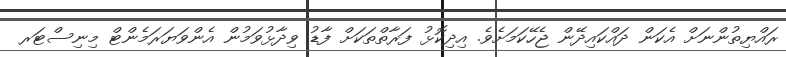
ރައްޔިތުންނަށް އެކަން ދައްކައިދޭން ޖެހޭކަމަށެވެ. އިދިކޮޅު ފަރާތްތަކަށް ފާޑު ވިދާޅުވަމުން އެންވަޔަރަމެންޓް މިނިސްޓަރ